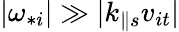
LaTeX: \lvert\omega_{*i}\rvert\gg\lvert k_{\parallel s}v_{it}\rvert